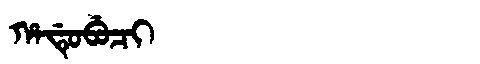
Manchu: ᡥᠠᡩᡠᠪᡠᠴᡳ
Romanization: HADUBUCI